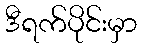
ဒီရက်ပိုင်းမှာ